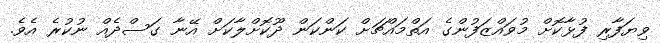
ވިޔަފާރި ފުޅާކޮށް މުވައްޒަފުންގެ އަތްމައްޗަށް ކަންކަން ދޫކޮށްލާކަށް އޭނާ ގަސްދެއް ނުކުރެ އެވެ.